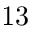
1 3